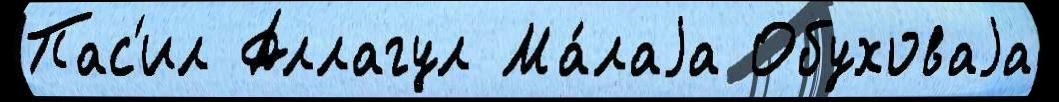
Пас'ил Аллагул Ма́лаjа Обуховаjа